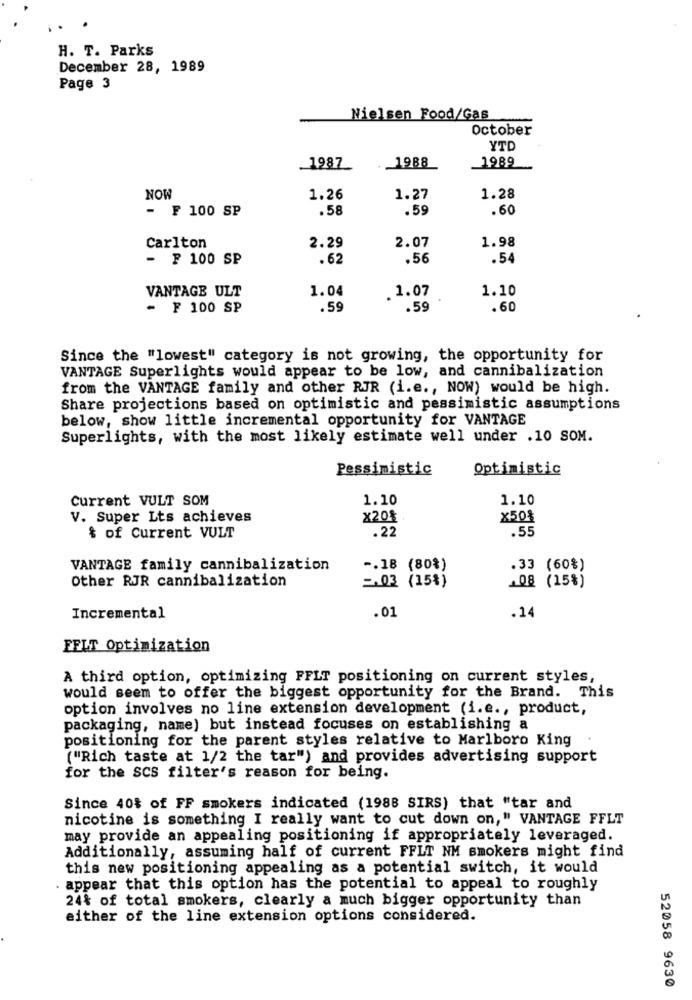
H. T. Parks
December 28, 1989
Page 3
Nielsen Food/Gas
October
YTD
1988
1989
1987
NOW
1.26
1.27
1.28
- ₣ 100 SP
.58
.59
.60
1.98
Carlton
2.29
2.07
- F 100 SP
.62
.56
.54
VANTAGE ULT
1.04
.1.07
1.10
- F 100 SP
.59
.59
.60
Since the "lowest" category is not growing, the opportunity for
VANTAGE Superlights would appear to be low, and cannibalization
from the VANTAGE family and other RJR (i.e ., NOW) would be high.
Share projections based on optimistic and pessimistic assumptions
below, show little incremental opportunity for VANTAGE
Superlights, with the most likely estimate well under .10 SOM.
Pessimistic
Optimistic
Current VULT SOM
1.10
1.10
V. Super Lts achieves
x201
x50%
.55
& of Current VULT
.22
VANTAGE family cannibalization
-. 18 (80%)
.33 (60%)
Other RJR cannibalization
2.03 (15%)
.08 (15%)
.01
Incremental
.14
FELT Optimization
A third option, optimizing FFLT positioning on current styles,
would seem to offer the biggest opportunity for the Brand. This
option involves no line extension development (i.e ., product,
packaging, name) but instead focuses on establishing a
positioning for the parent styles relative to Marlboro King
("Rich taste at 1/2 the tar") and provides advertising support
for the SCS filter's reason for being.
Since 40% of FF smokers indicated (1988 SIRS) that "tar and
nicotine is something I really want to cut down on," VANTAGE FFLT
may provide an appealing positioning if appropriately leveraged.
Additionally, assuming half of current FFLT NM smokers might find
this new positioning appealing as a potential switch, it would
appear that this option has the potential to appeal to roughly
24% of total smokers, clearly a much bigger opportunity than
either of the line extension options considered.
52058 9630